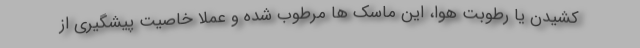
کشیدن یا رطوبت هوا، این ماسک ها مرطوب شده و عملا خاصیت پیشگیری از